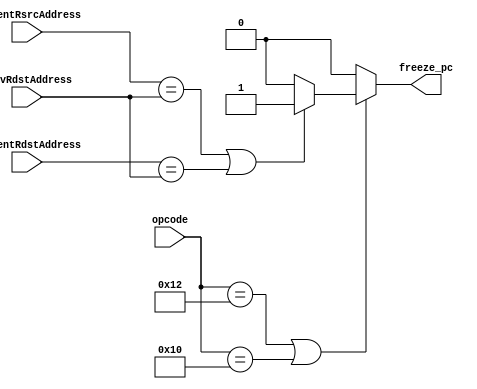
module HazardDetectionUnit(input[4:0] opcode,
                            input[2:0] CurrentRsrcAddress,CurrentRdstAddress,PrevRdstAddress,
                            output reg freeze_pc);

// assign FreezePC = 

always @* begin
    //LDD & POP Instruction 
    if(opcode == 5'b10010 | opcode == 5'b10000) begin
        if(CurrentRsrcAddress == PrevRdstAddress || CurrentRdstAddress == PrevRdstAddress)begin
            //Hazard detected
            freeze_pc = 1'b1;
        end else begin
            freeze_pc = 1'b0;
        end
    end else begin
        freeze_pc = 1'b0;
    end
end

endmodule


// module HazardDetectionUnit (
//     input clk, rst,
//     input[4:0] opcode,
//     input[2:0] CurrentRsrcAddress,CurrentRdstAddress,PrevRdstAddress,
//     output reg freeze_pc
//   );

//   //we have to set pc to pc - 1 to fetch the correct instruction
//   //as it gets incremented during the calling --> as we know the call is call in decode stage
//   //so that the next instruction to the call is already get fetched and we will ignore this fetch
//   reg     [1:0] current_state, next_state;

//   parameter idle_state = 0,stall = 1;

//   always @(posedge clk, posedge rst)
//   begin
//     if(rst)
//     begin
//       current_state = idle_state;

//     end
//     if(clk)
//     begin
//       current_state = next_state;


//     end
//   end
//   always @ (current_state, opcode)
//   begin
//     next_state = idle_state;
//     case(current_state)
//       idle_state:
//       begin
//         freeze_pc = 1'b0;
//         if((opcode == 5'b10010 | opcode == 5'b10000) & (CurrentRsrcAddress == PrevRdstAddress | CurrentRdstAddress == PrevRdstAddress))
//         begin
//           next_state = stall;
//           freeze_pc = 1'b0;
//         end
//       end
//       stall:
//       begin
//         next_state = idle_state;
//          freeze_pc = 1'b1;
//       end
//       default:
//       begin
//         next_state = idle_state;
//       end
//     endcase

//   end




// endmodule